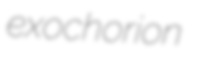
exochorion